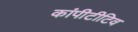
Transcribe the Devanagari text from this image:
कांपीटीटिव